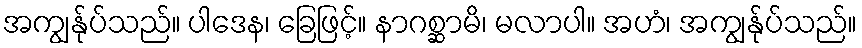
အကျွန်ုပ်သည်။ ပါဒေန၊ ခြေဖြင့်။ နာဂစ္ဆာမိ၊ မလာပါ။ အဟံ၊ အကျွန်ုပ်သည်။